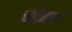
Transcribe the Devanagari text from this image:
शोहाट